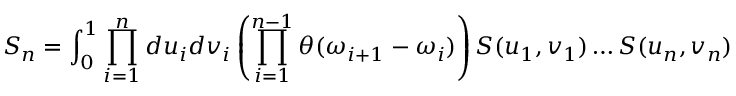
S _ { n } = \int _ { 0 } ^ { 1 } \prod _ { i = 1 } ^ { n } d u _ { i } d v _ { i } \left( \prod _ { i = 1 } ^ { n - 1 } \theta ( \omega _ { i + 1 } - \omega _ { i } ) \right) { \cal S } ( u _ { 1 } , v _ { 1 } ) \dots { \cal S } ( u _ { n } , v _ { n } )